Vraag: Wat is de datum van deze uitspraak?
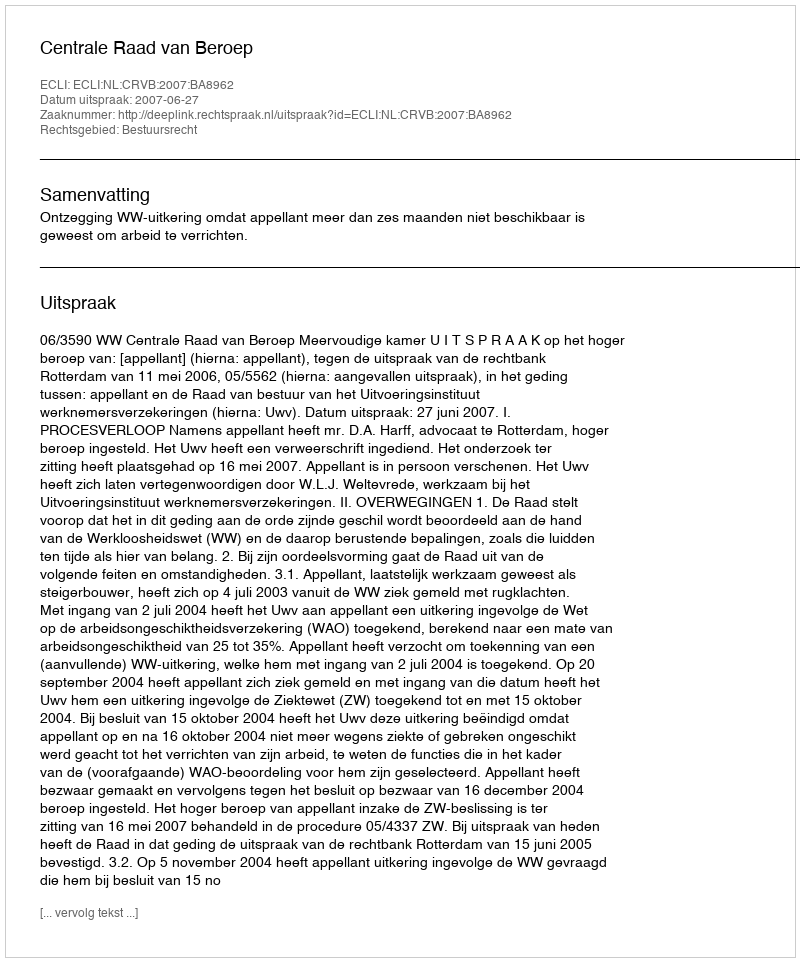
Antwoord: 2007-06-27